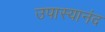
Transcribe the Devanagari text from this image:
उपास्यानंद